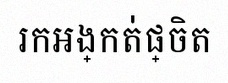
រកអង្កត់ផ្ចិត